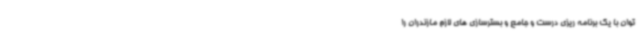
توان با یک برنامه ریزی درست و جامع و بسترسازی های لازم مازندران را